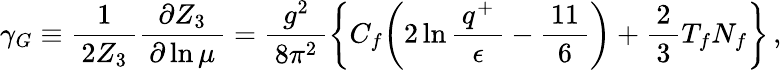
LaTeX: \gamma_{G}\equiv\frac{1}{\, 2Z_{3}\, }\frac{\partial Z_{3}}{\, \partial\ln\mu\, }=\frac{g^{2}}{\, 8\pi^{2}\, }\biggl\{ C_{f}\biggl(2\ln\frac{\, q^{+}\, }{\epsilon}-\frac{\, 11\, }{6}\biggr)+\frac{2}{\, 3\, }T_{f}N_{f}\biggr\} \, ,